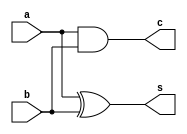
`timescale 1ns / 1ps

module Add_half(a, b, s, c);
    input a, b;
    output c, s;
    wire w1;
    
    xor(s,a,b);
    nand(w1,a,b);
    not(c,w1);
endmodule